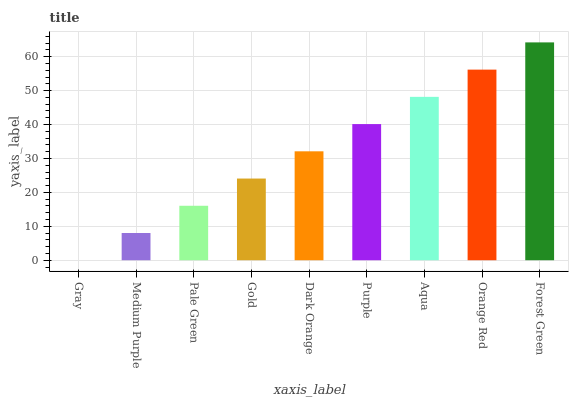
| xaxis_label | bars |
 | --- | --- |
 | Gray | 0 |
 | Medium Purple | 8.03 |
 | Pale Green | 16.1 |
 | Gold | 24.1 |
 | Dark Orange | 32.1 |
 | Purple | 40.1 |
 | Aqua | 48.2 |
 | Orange Red | 56.2 |
 | Forest Green | 64.2 |